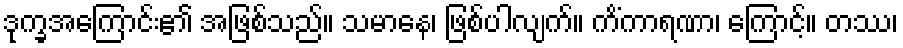
ဒုက္ခအကြောင်း၏ အဖြစ်သည်။ သမာနေ၊ ဖြစ်ပါလျက်။ ကိံကာရဏာ၊ ကြောင့်။ တဿ၊